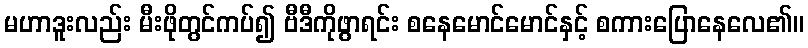
မဟာဒူးလည်း မီးဖိုတွင်ကပ်၍ ဗီဒီကိုဖွာရင်း စနေမောင်မောင်နှင့် စကားပြောနေလေ၏။